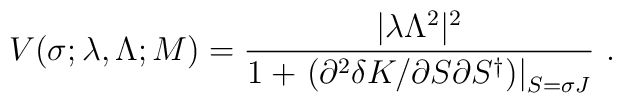
V(\sigma;\lambda,\Lambda;M) =  \frac{|\lambda \Lambda^2|^2}{1 + \left.\left(\partial^2 \delta K/\partial S        \partial S^{\dagger}\right)\right|_{S=\sigma J}} \ .